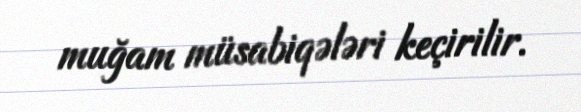
muğam müsabiqələri keçirilir.